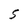
Character: S